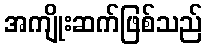
အကျိုးဆက်ဖြစ်သည်